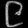
Digit: ၉